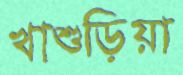
খাশুড়িয়া